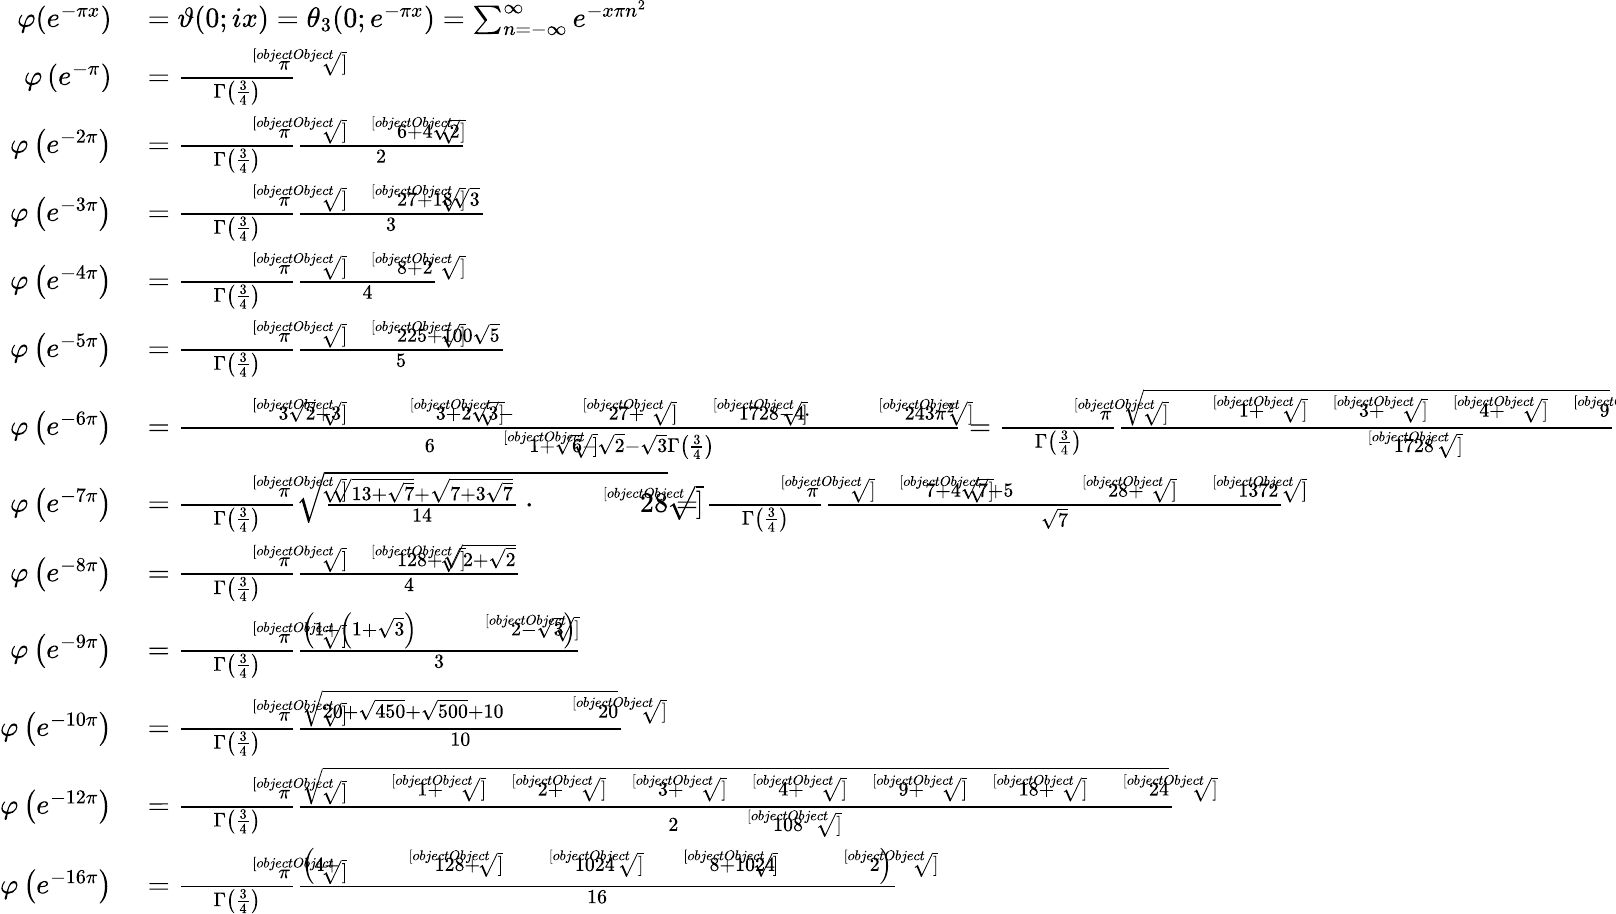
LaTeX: \begin{array}{rl}{\varphi(e^{-\pi x})}&{{}=\vartheta(0;ix)=\theta_{3}(0;e^{-\pi x})=\sum_{n=-\infty}^{\infty}e^{-x\pi n^{2}}}\\ {\varphi\left(e^{-\pi}\right)}&{{}={\frac{\sqrt[[objectObject]]{\pi}}{\Gamma\left({\frac{3}{4}}\right)}}}\\ {\varphi\left(e^{-2\pi}\right)}&{{}={\frac{\sqrt[[objectObject]]{\pi}}{\Gamma\left({\frac{3}{4}}\right)}}{\frac{\sqrt[[objectObject]]{6+4{\sqrt{2}}}}{2}}}\\ {\varphi\left(e^{-3\pi}\right)}&{{}={\frac{\sqrt[[objectObject]]{\pi}}{\Gamma\left({\frac{3}{4}}\right)}}{\frac{\sqrt[[objectObject]]{27+18{\sqrt{3}}}}{3}}}\\ {\varphi\left(e^{-4\pi}\right)}&{{}={\frac{\sqrt[[objectObject]]{\pi}}{\Gamma\left({\frac{3}{4}}\right)}}{\frac{{\sqrt[[objectObject]]{8}}+2}{4}}}\\ {\varphi\left(e^{-5\pi}\right)}&{{}={\frac{\sqrt[[objectObject]]{\pi}}{\Gamma\left({\frac{3}{4}}\right)}}{\frac{\sqrt[[objectObject]]{225+100{\sqrt{5}}}}{5}}}\\ {\varphi\left(e^{-6\pi}\right)}&{{}={\frac{{\sqrt[[objectObject]]{3{\sqrt{2}}+3{\sqrt[[objectObject]]{3}}+2{\sqrt{3}}-{\sqrt[[objectObject]]{27}}+{\sqrt[[objectObject]]{1728}}-4}}\cdot{\sqrt[[objectObject]]{243{\pi}^{2}}}}{6{\sqrt[[objectObject]]{1+{\sqrt{6}}-{\sqrt{2}}-{\sqrt{3}}}}{\Gamma\left({\frac{3}{4}}\right)}}}={\frac{\sqrt[[objectObject]]{\pi}}{\Gamma\left({\frac{3}{4}}\right)}}{\frac{\sqrt{{\sqrt[[objectObject]]{1}}+{\sqrt[[objectObject]]{3}}+{\sqrt[[objectObject]]{4}}+{\sqrt[[objectObject]]{9}}}}{\sqrt[[objectObject]]{1728}}}}\\ {\varphi\left(e^{-7\pi}\right)}&{{}={\frac{\sqrt[[objectObject]]{\pi}}{\Gamma\left({\frac{3}{4}}\right)}}{\sqrt{{\frac{{\sqrt{13+{\sqrt{7}}}}+{\sqrt{7+3{\sqrt{7}}}}}{14}}\cdot{\sqrt[[objectObject]]{28}}}}={\frac{\sqrt[[objectObject]]{\pi}}{\Gamma\left({\frac{3}{4}}\right)}}{\frac{\sqrt[[objectObject]]{7+4{\sqrt{7}}+5{\sqrt[[objectObject]]{28}}+{\sqrt[[objectObject]]{1372}}}}{\sqrt{7}}}}\\ {\varphi\left(e^{-8\pi}\right)}&{{}={\frac{\sqrt[[objectObject]]{\pi}}{\Gamma\left({\frac{3}{4}}\right)}}{\frac{{\sqrt[[objectObject]]{128}}+{\sqrt{2+{\sqrt{2}}}}}{4}}}\\ {\varphi\left(e^{-9\pi}\right)}&{{}={\frac{\sqrt[[objectObject]]{\pi}}{\Gamma\left({\frac{3}{4}}\right)}}{\frac{\left(1+\left(1+{\sqrt{3}}\right){\sqrt[[objectObject]]{2-{\sqrt{3}}}}\right)}{3}}}\\ {\varphi\left(e^{-10\pi}\right)}&{{}={\frac{\sqrt[[objectObject]]{\pi}}{\Gamma\left({\frac{3}{4}}\right)}}{\frac{\sqrt{20+{\sqrt{450}}+{\sqrt{500}}+10{\sqrt[[objectObject]]{20}}}}{10}}}\\ {\varphi\left(e^{-12\pi}\right)}&{{}={\frac{\sqrt[[objectObject]]{\pi}}{\Gamma\left({\frac{3}{4}}\right)}}{\frac{\sqrt{{\sqrt[[objectObject]]{1}}+{\sqrt[[objectObject]]{2}}+{\sqrt[[objectObject]]{3}}+{\sqrt[[objectObject]]{4}}+{\sqrt[[objectObject]]{9}}+{\sqrt[[objectObject]]{18}}+{\sqrt[[objectObject]]{24}}}}{2{\sqrt[[objectObject]]{108}}}}}\\ {\varphi\left(e^{-16\pi}\right)}&{{}={\frac{\sqrt[[objectObject]]{\pi}}{\Gamma\left({\frac{3}{4}}\right)}}{\frac{\left(4+{\sqrt[[objectObject]]{128}}+{\sqrt[[objectObject]]{1024{\sqrt[[objectObject]]{8}}+1024{\sqrt[[objectObject]]{2}}}}\right)}{16}}}\end{array}